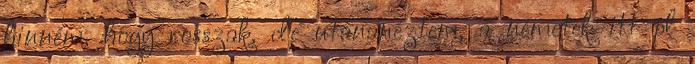
hinném, hogy rosszak. de utánanéztem, a németek itt pl